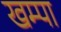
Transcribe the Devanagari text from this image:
खम्पा